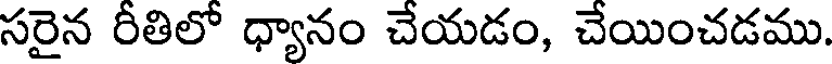
సరైన రీతిలో ధ్యానం చేయడం, చేయించడము.